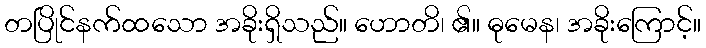
တပြိုင်နက်ထသော အခိုးရှိသည်။ ဟောတိ၊ ၏။ ဓုမေန၊ အခိုးကြောင့်။